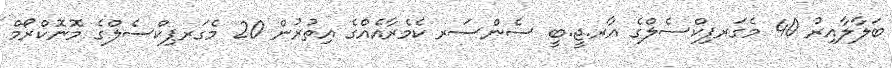
ބަލާލާއިރު 40 މެގަރޕިކްސެލްގެ އާރ.ޖީ.ބީ ސެންސަރ ކެމެރާއެއްގެ އިތުރުން 20 މެގަރޕިކްސެލްގެ މޮނޮކްރޯމް